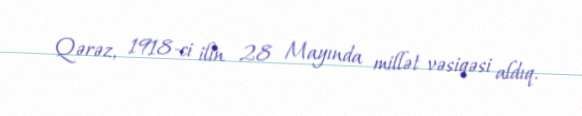
Qərəz, 1918-ci ilin 28 Mayında millət vəsiqəsi aldıq.